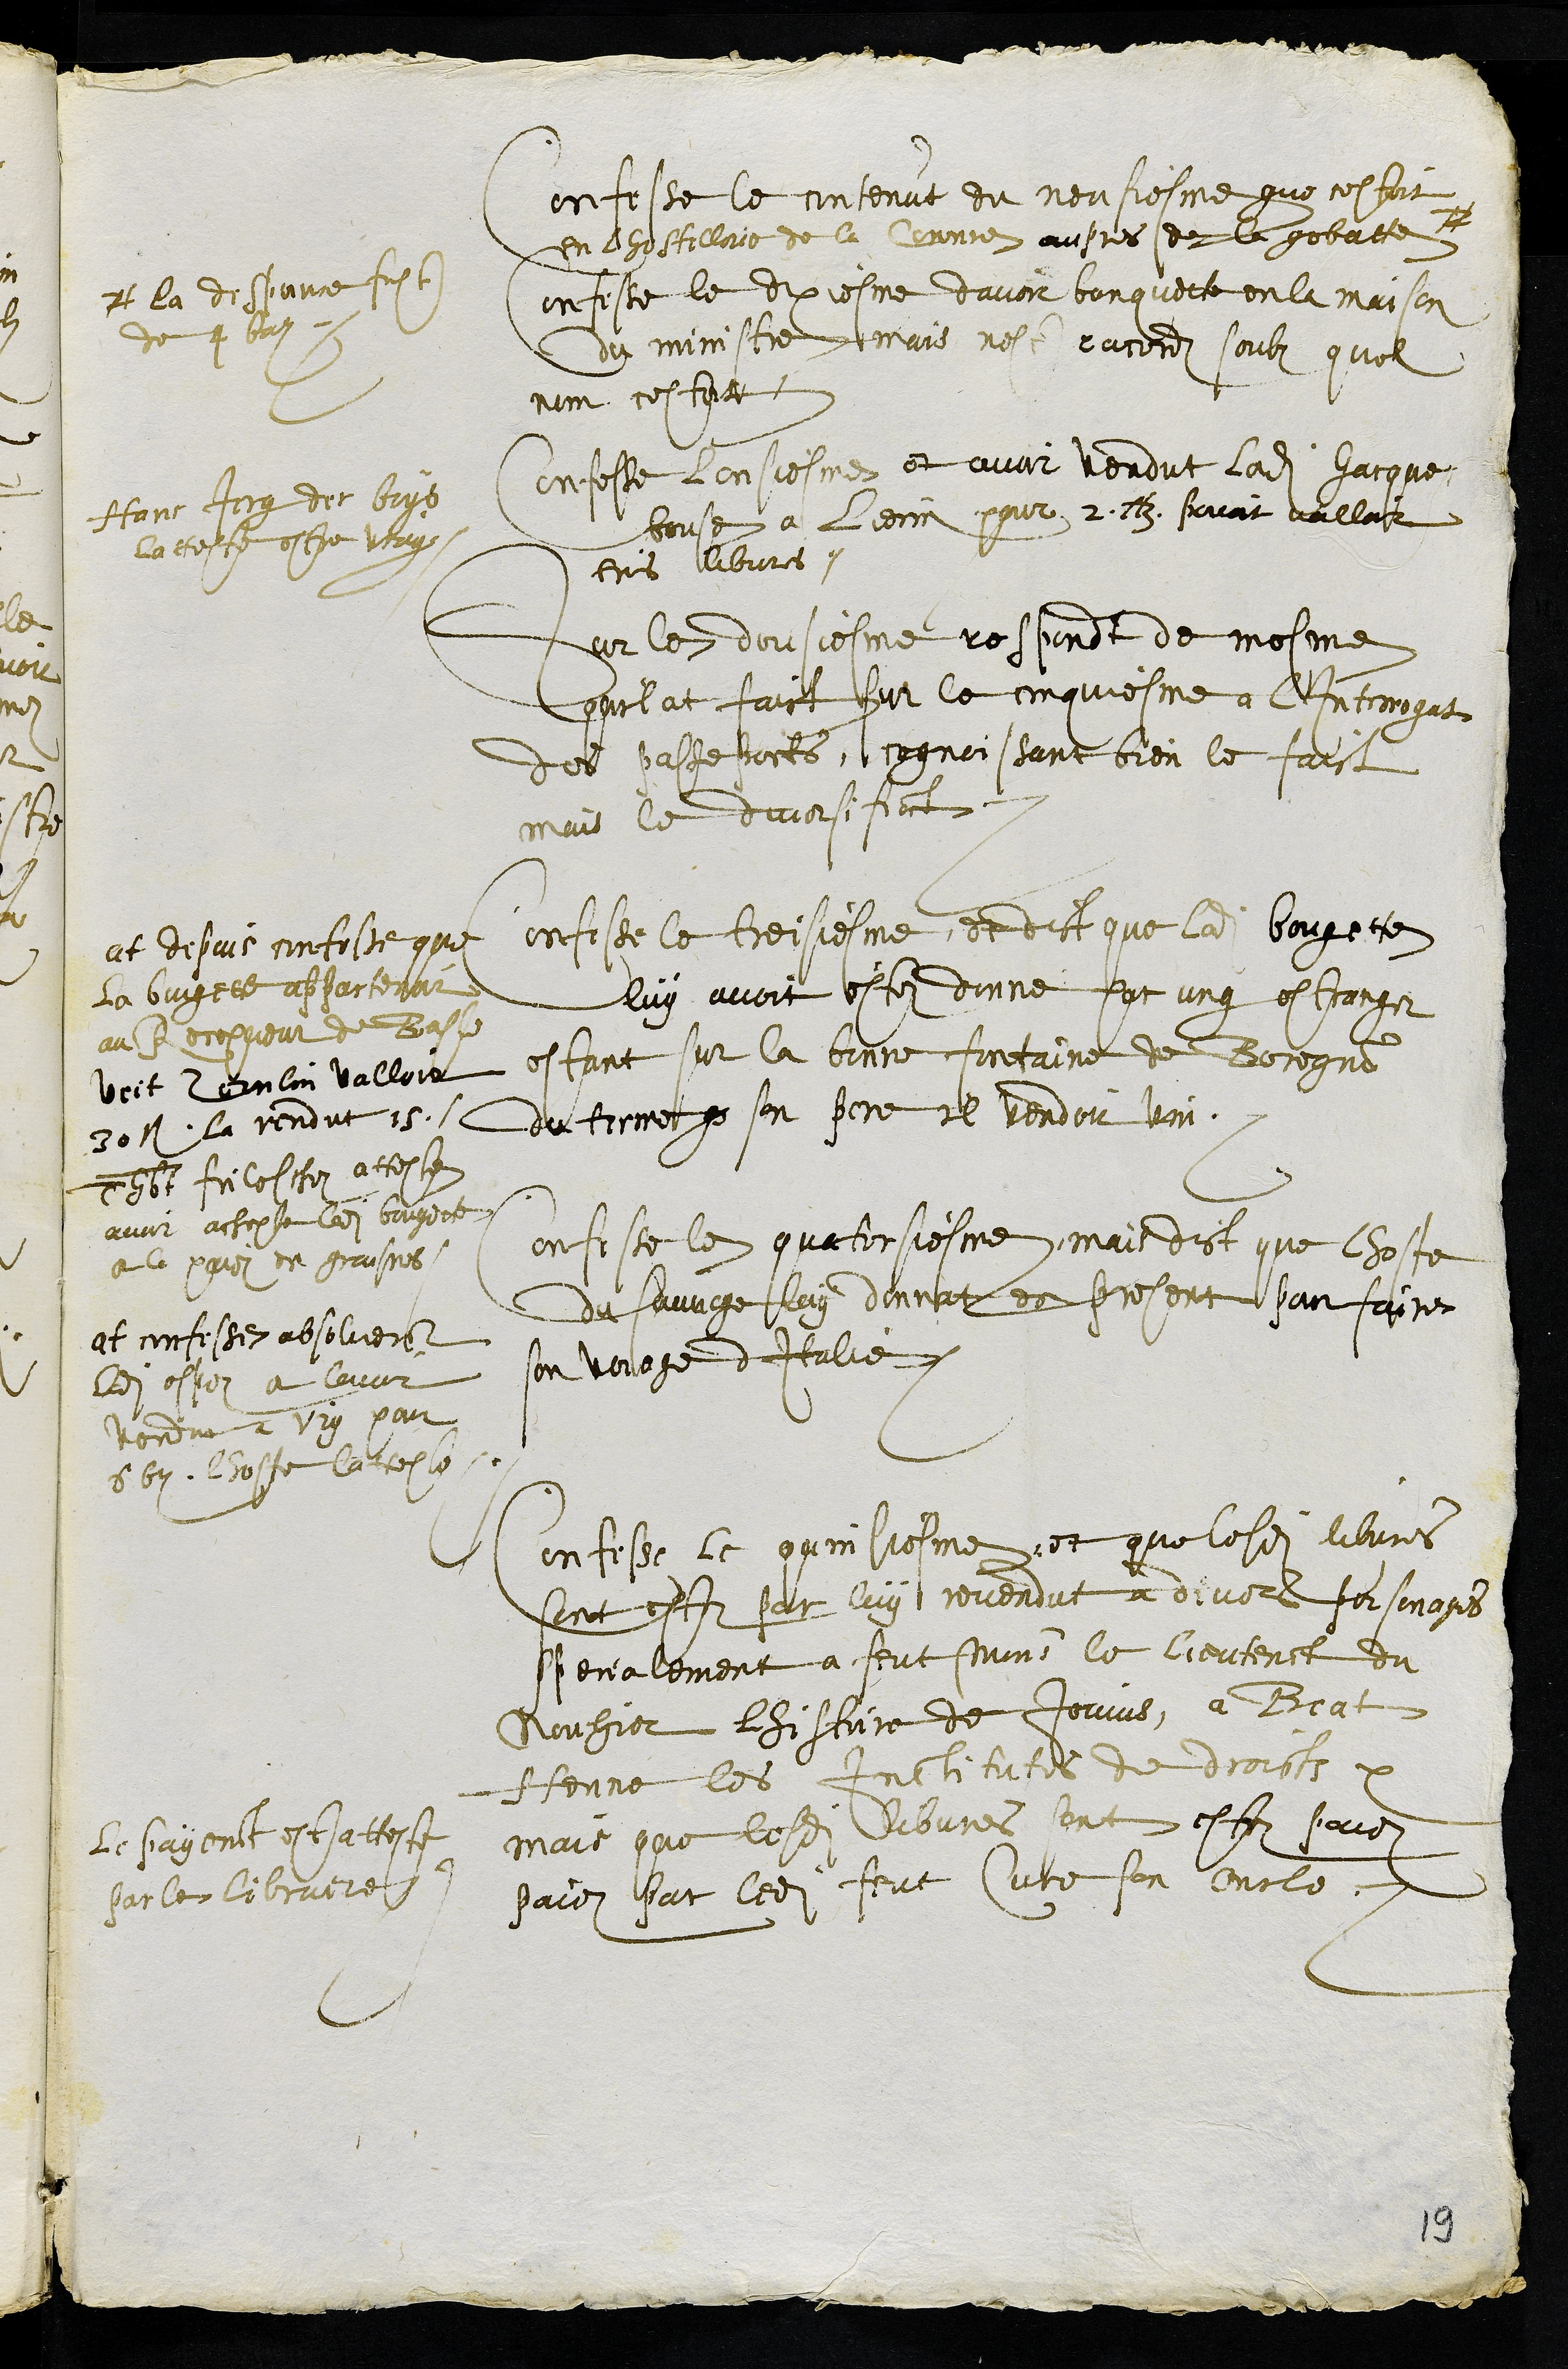
Confesse le contenut du neufiesme que cestoit
En lhostellerie de la Coronne aupres de la gobatte #
# la dispance fust
de 4 batz
Confesse le dixiesme davoir banquette en la maison
du ministre mais nest racord soubz quel
nom cestoit
Confesse lonsiesme et avoir vendut ladite hacque-
bouse a Liomin pour 2 livres povoit valloir
trois libvres
Hans Jerg des boys
latteste estre vray
Sur le dousiesme respondt de mesme
quil at faict sur le cinquiesme a l'Interrogat
des passeports, cognoissant bien le faict
mais le diversifiant
Confesse le treisiesme, et dict que ladite bougette
luy avoit este donne par ung estranger
estant sur la bonne fontaine de Boregnon
du terme que son pere il vendoit vin.
at depuis confesse que
la bougette appartenoit
au Recepveur de Basle
veit combien valloit
30 fl, la vendut 15.
Thbt friloschoz atteste
avoir achepte ladite bougette
et le paier de graisnes
Confesse en quatorsiesme, mais dict que lhoste
Du sauvage luy donnat es present pour faire
son voiage d'Italie
at confesse absolument
ladite offre a levur
vendue a Viq pour
6 batz lhoste latteste
Confesse le quinsiesme et que lesdits libvres
sont este par luy revendut a divers personages
specialement a feut Monsieur le lieutenant du
Nouhier Lhistoire de Jovius, a Beat
Henne les Institutes de droicts
mais que lesdits libvres sont estez paiez
paiez par ledit feut Cure son oncle.
le payement est atteste
par les libraires
19